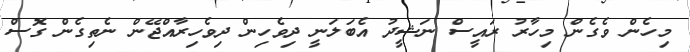
މިހެން ވެގެން މިހާރު ރައީސް ނަޝީދު އެބަލަނީ ދިވެހިން ދިވެހިރާއްޖޭން ނެތިގެން ގޮސް